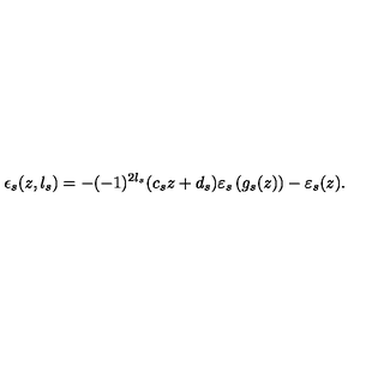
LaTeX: \epsilon _ { s } ( z , l _ { s } ) = - ( - 1 ) ^ { 2 l _ { s } } ( c _ { s } z + d _ { s } ) \varepsilon _ { s } \left( g _ { s } ( z ) \right) - \varepsilon _ { s } ( z ) .